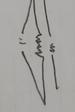
Signature authenticity: genuine